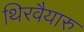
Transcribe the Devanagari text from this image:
थिरवैयारु